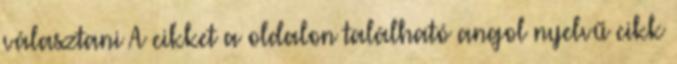
választani A cikket a oldalon található angol nyelvű cikk